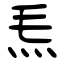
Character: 𤆬